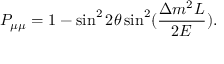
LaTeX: P _ { \mu \mu } = 1 - \sin ^ { 2 } 2 \theta \sin ^ { 2 } ( \frac { \Delta m ^ { 2 } L } { 2 E } ) .